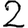
Digit: 2